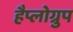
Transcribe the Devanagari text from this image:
हैप्लोग्रुप